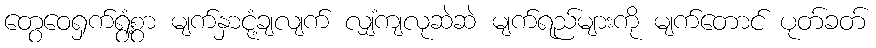
တွေဝေရှက်ရွံ့စွာ မျက်နှာငုံ့ချလျက် လျှံကျလုဆဲဆဲ မျက်ရည်များကို မျက်တောင် ပုတ်ခတ်